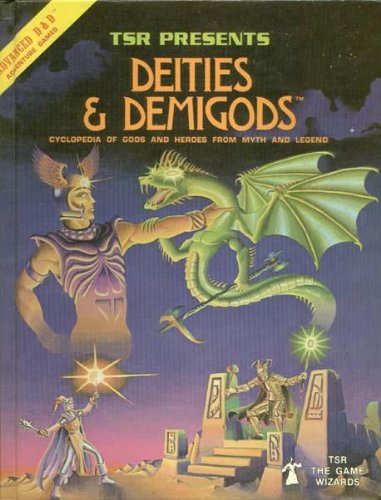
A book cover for Deities & Demigods: Cyclopedia of Gods and Heroes from Myth and Legend (Advanced Dungeons and Dragons); Rob Kuntz; Humor & Entertainment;